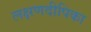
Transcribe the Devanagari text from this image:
लक्षणदीपिका